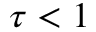
\tau < 1